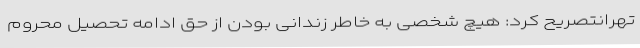
تهرانتصریح کرد: هیچ شخصی به خاطر زندانی بودن از حق ادامه تحصیل محروم